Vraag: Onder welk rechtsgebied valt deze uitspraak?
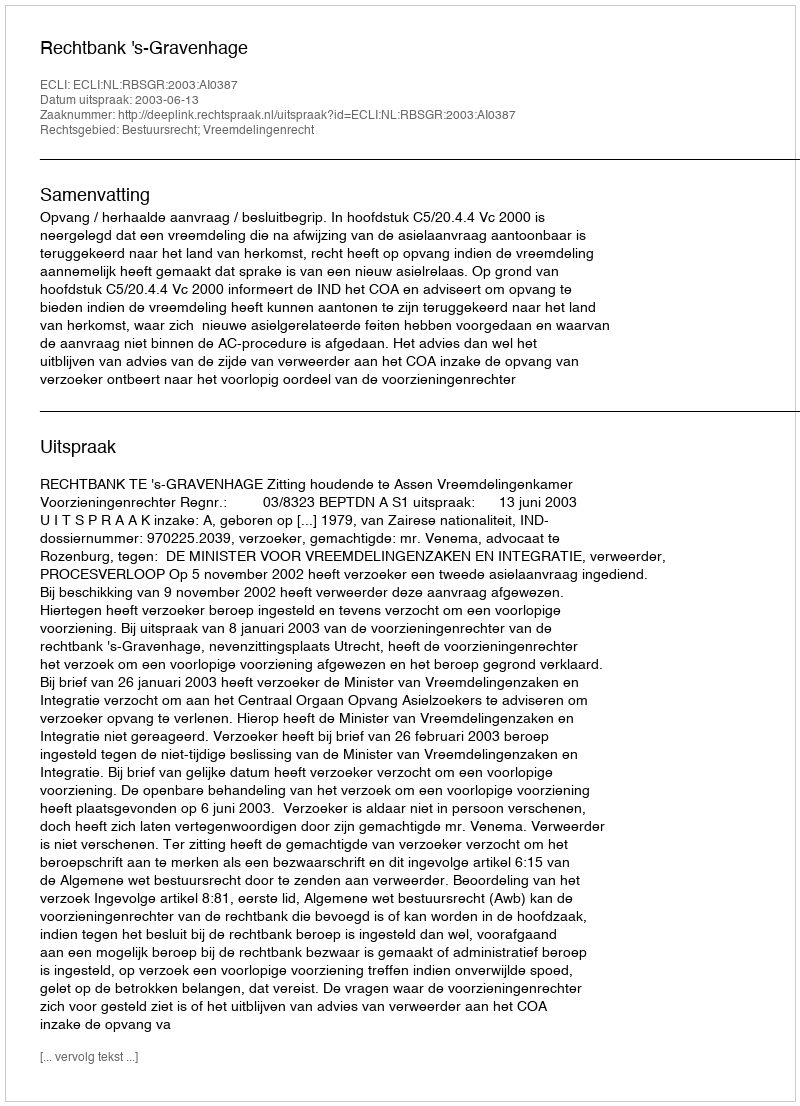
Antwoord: Bestuursrecht; Vreemdelingenrecht